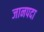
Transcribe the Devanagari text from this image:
जानपदा